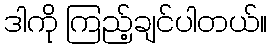
ဒါကို ကြည့်ချင်ပါတယ်။